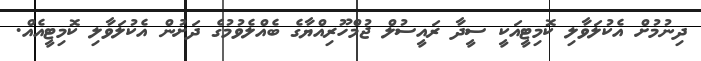
ދިނުމުށް އެކުލަވާލި ކޮމިޓީއަކީ ސީދާ ރައީސުލް ޖުމްހޫރިއްޔާގެ ބެއްލެވުމުގެ ދަށުން އެކުލަވާލި ކޮމިޓީއެއް.